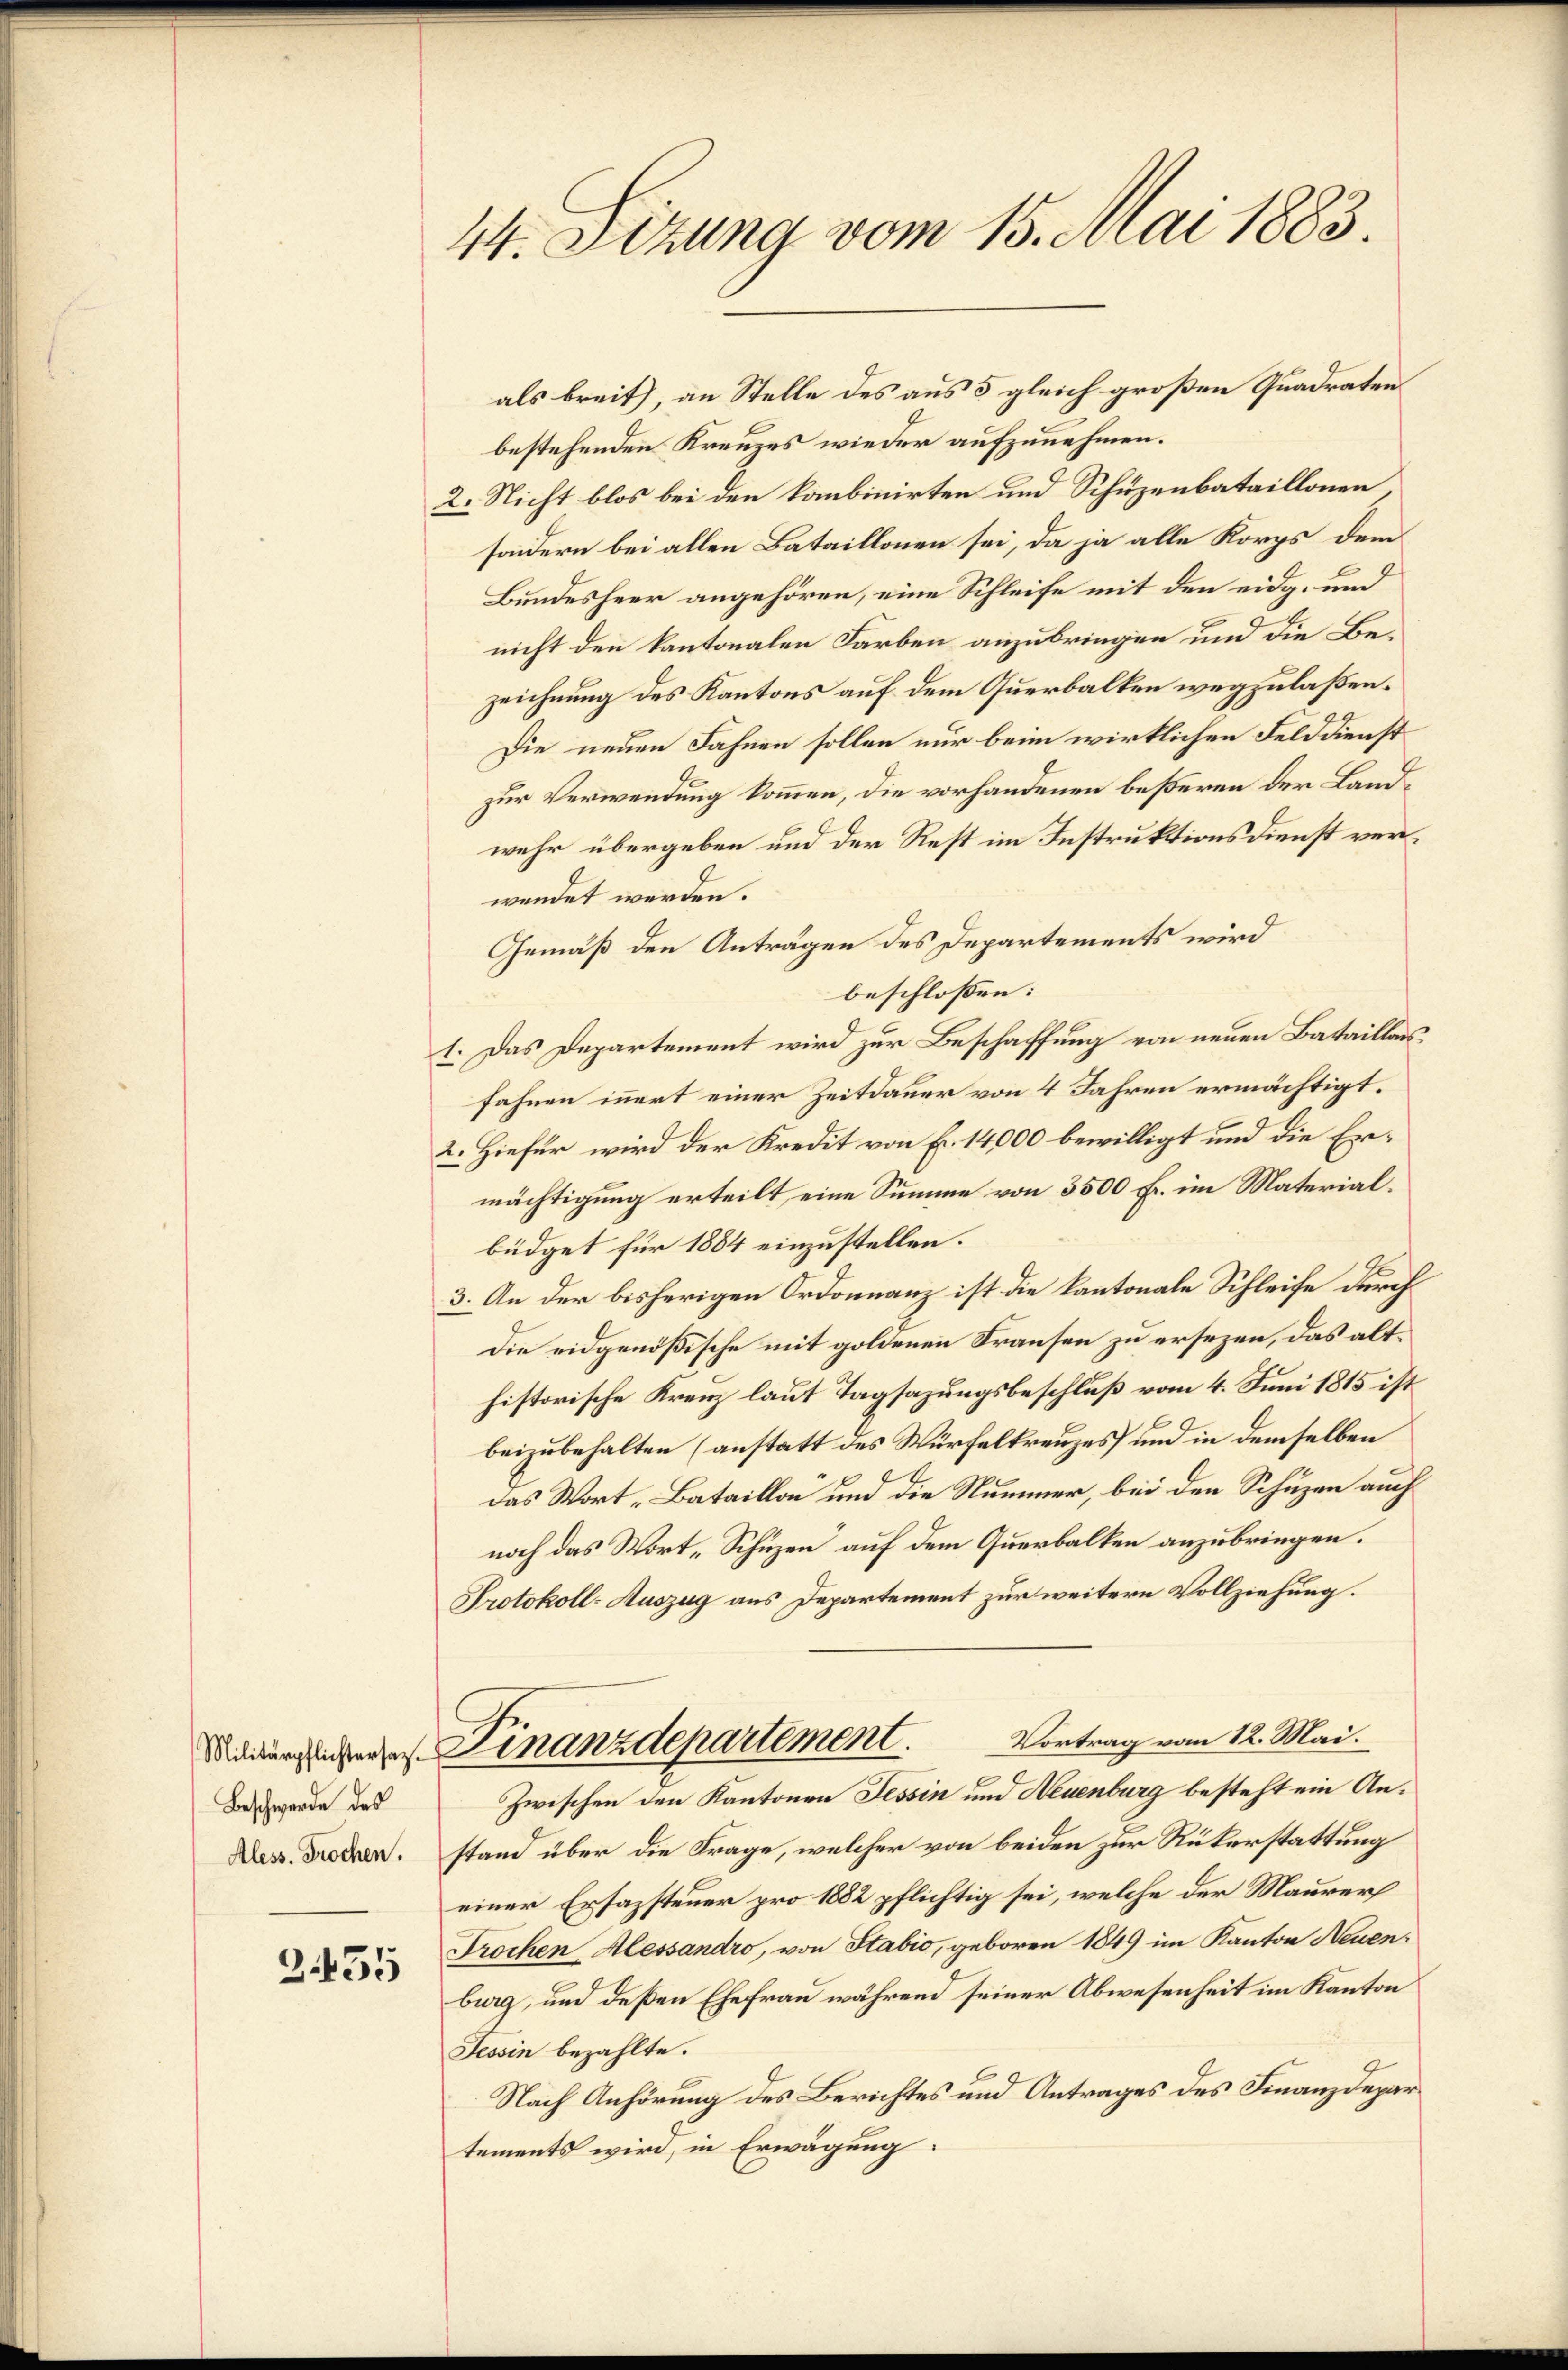
Beschwerde des
Aless. Brochen.

3455

44. Sizung vom 15. Mai 1883

bestehenden Kreuzes wieder aufzunehmen.
2. Nicht blos bei den kombinirten und Schuzenbataillonen
sondern bei allen Bataillonen sei, da ja alle Korps dem
Bundesheer angehören, eine Schleife mit den eidg. und
nicht den kantonalen Farben anzubringen und die Bezeichnung des Kantons auf dem Querbalten wegzulaßen.
Die neuen Fahnen sollen nur beim wirklichen Felddienst
zur Verwendung kommen, die vorhandenen beßeren der Landwehr übergeben und der Rest im Instruktionsdienst verwendet werden.
Gemäß den Anträgen des Departements wird
beschlossen:
1. Das Departement wird zur Beschaffung von neuen Bataillarsfahnen innert einer Zeitdauer von 4 Jahren ermächtigt.
2. Hiefür wird der Kredit von Fr. 14,000 bewilligt und die Ermächtigung erteilt, eine Summe von 3500 Fr. im Materialbüdget für 1884 einzustellen.
3. An der bisherigen Ordonnanz ist die Kantonale Schleife durch
die eidgenößische mit goldenen Krausen zu ersezen, das althistorische Kreuz laut Tagsazungsbeschluß vom 4. Juni 1815 ist
beizubehalten (anstatt des Würfeltreuzes und in demselben
das Wort „Bataillon und die Nummer, bei den Schuzen auch
noch das Wort „Schuzen“ auf dem Querbalken anzubringen.
Protokoll-Auszug aus Departement zur weitern Vollziehung.
Vortrag vom 12. Mai.
Mederglicher Finanzdepartement.
—
Zwischen den Kantonen Tessin und Neuenburg besteht ein Anstand über die Frage, welcher von beiden zur Rükerstattung
einer Ersazsteuer pro 1882 pflichtig sei, welche der Maurer
Trochen Alessandro, von Stabio, geboren 1849 im Kanton Neuenburg, und deßen Ehefrau während seiner Abwesenheit im Kanton
Tessin bezahlte.
Nach Anhörung des Berichtes und Antrages des Finanzdepar
tements wird, in Erwägung:

als breit, an Stelle des aus 5 gleich großen Quadraten